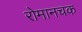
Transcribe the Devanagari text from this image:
रोमानचक